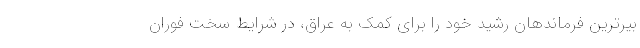
بیرترین فرماندهان رشید خود را برای کمک به عراق، در شرایط سخت فوران